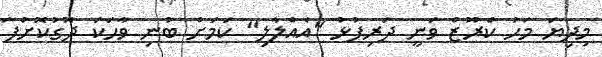
މިދިޔަ މަހު ކްރޫޒް ވަނީ ދަރިފުޅު "އެއްލާލި" ކަމަށް ބުނި ވާހަކަ ދޮގުކޮށްފަ